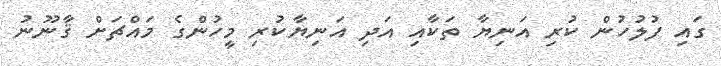
ގައި ފުލުހުން ކުރި އަނިޔާ ތަކާއި އަދި އަނިޔާކުރި މީހުންގެ މައްޗަށް ޤާނޫނު